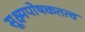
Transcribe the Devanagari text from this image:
सूक्ष्मपोषकतत्व